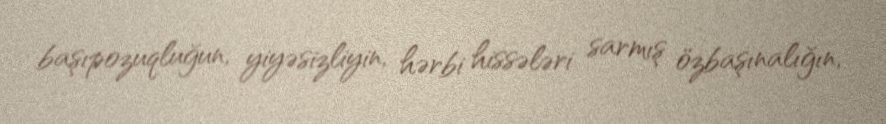
başıpozuqluğun, yiyəsizliyin, hərbi hissələri sarmış özbaşınalığın,